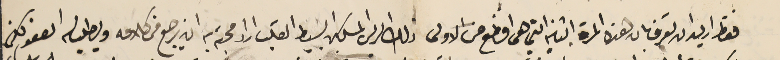
فقظ اريد ان تعرف بان هذه المرة الثانية التي هى افظع من الاولى ذلك الريس المسكين البسيط القلب اراد محبة به ان يرجع فى كلامه ويطلب له العفو لكن